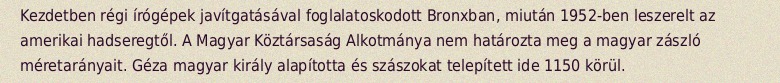
Kezdetben régi írógépek javítgatásával foglalatoskodott Bronxban, miután 1952-ben leszerelt az amerikai hadseregtől. A Magyar Köztársaság Alkotmánya nem határozta meg a magyar zászló méretarányait. Géza magyar király alapította és szászokat telepített ide 1150 körül.